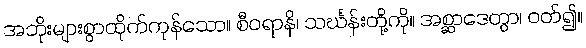
အဘိုးများစွာထိုက်ကုန်သော။ စီဝရာနိ၊ သင်္ဃန်းတို့ကို။ အစ္ဆာဒေတွာ၊ ဝတ်၍။